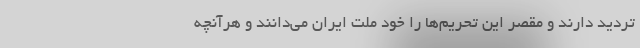
تردید دارند و مقصر این تحریم‌ها را خود ملت ایران می‌‌دانند و هرآنچه